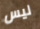
ليس